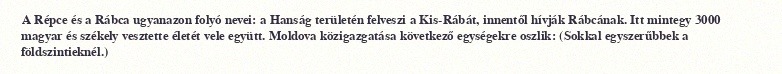
A Répce és a Rábca ugyanazon folyó nevei: a Hanság területén felveszi a Kis-Rábát, innentől hívják Rábcának. Itt mintegy 3000 magyar és székely vesztette életét vele együtt. Moldova közigazgatása következő egységekre oszlik: (Sokkal egyszerűbbek a földszintieknél.)